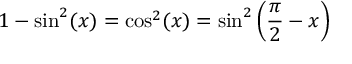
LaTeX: \ 1 - \sin ^ { 2 } ( x ) = \cos ^ { 2 } ( x ) = \sin ^ { 2 } \left( { \frac { \pi } { 2 } } - x \right)